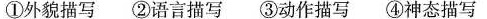
①外貌描写 ②语言描写 ③动作描写 ④神态描写